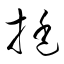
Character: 挺